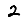
Digit: 2